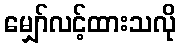
မျှော်လင့်ထားသလို